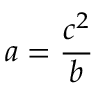
a = { \frac { c ^ { 2 } } { b } }